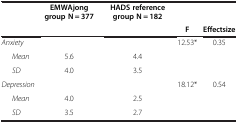
|  | EMWAjong group N = 377 | HADS reference group N = 182 |  |  |
 |  |  |  | F | Effectsize |
 | --- | --- | --- | --- | --- |
 | Anxiety |  |  | 12.53* | 0.35 |
 | Mean | 5.6 | 4.4 |  |  |
 | SD | 4.0 | 3.5 |  |  |
 | Depression |  |  | 18.12* | 0.54 |
 | Mean | 4.0 | 2.5 |  |  |
 | SD | 3.5 | 2.7 |  |  |